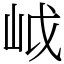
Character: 㞽